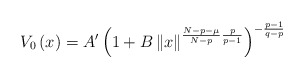
\begin{align*}V_{0}\left( x\right) =A^{\prime}\left( 1+B\left\Vert x\right\Vert^{\frac{N-p-\mu}{N-p}\frac{p}{p-1}}\right) ^{-\frac{p-1}{q-p}}\end{align*}